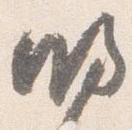
明